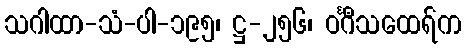
သဂါထာ-သံ-ပါ-၁၉၅၊ ဋ္ဌ-၂၅၆၊ ဝင်္ဂီသထေရ်က